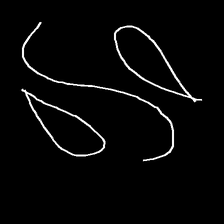
Glyph: water